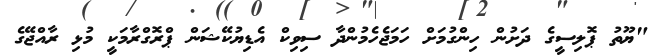
"ޔޫތު ޕޮލިސީގެ ދަށުން ހިންގުމަށް ހަމަޖެހެމުންދާ ސިވިކް އެޑިޔުކޭޝަން ޕްރޮގްރާމަކީ މުޅި ރާއްޖޭގެ